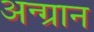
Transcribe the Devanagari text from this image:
अन्ग्रान